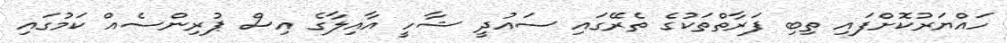
ހައްޔަރުކޮށްފައި ތިބި ފަރާތްތަކުގެ ތެރޭގައި ސައުދީ ޝާހީ އާއިލާގެ އިސް ޕުރިންސެއް ކަމުގައި